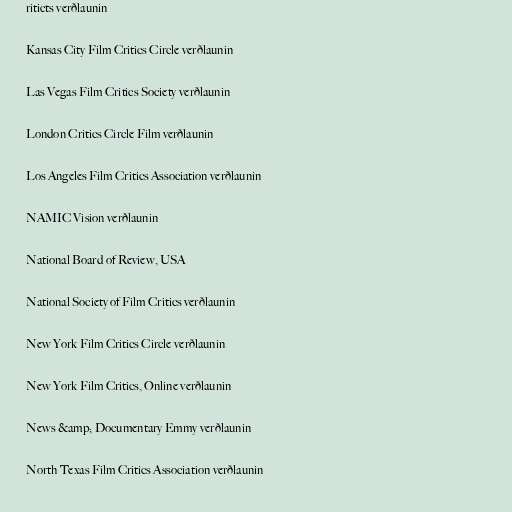
riticts verðlaunin

Kansas City Film Critics Circle verðlaunin

Las Vegas Film Critics Society verðlaunin

London Critics Circle Film verðlaunin

Los Angeles Film Critics Association verðlaunin

NAMIC Vision verðlaunin

National Board of Review, USA

National Society of Film Critics verðlaunin

New York Film Critics Circle verðlaunin

New York Film Critics, Online verðlaunin

News &amp; Documentary Emmy verðlaunin

North Texas Film Critics Association verðlaunin